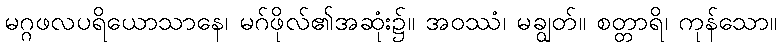
မဂ္ဂဖလပရိယောသာနေ၊ မဂ်ဖိုလ်၏အဆုံး၌။ အဝဿံ၊ မချွတ်။ စတ္တာရိ၊ ကုန်သော။